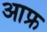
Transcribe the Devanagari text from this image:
आफ्र